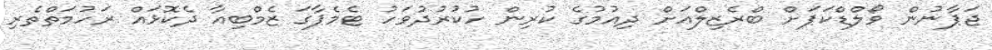
ޖަޕާނުން ވޯލްޑްކަޕަށް ބްރެޒިލްއަށް ދިއުމުގެ ކުރިން ހުކުރުދުވަހު ޓެމެޕާގަ ޒެމްބިއާ ދެކޮޅައް ރަހުމަތްތެރި